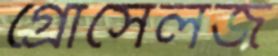
গ্রোসেলজ